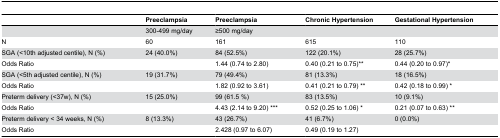
|  | Preeclampsia | Preeclampsia | Chronic Hypertension | Gestational Hypertension |
 | --- | --- | --- | --- | --- |
 |  | 300-499 mg/day | ≥500 mg/day |  |  |
 | N | 60 | 161 | 615 | 110 |
 | SGA (<10th adjusted centile), N (%) | 24 (40.0%) | 84 (52.5%) | 122 (20.1%) | 28 (25.7%) |
 | Odds Ratio |  | 1.44 (0.74 to 2.80) | 0.40 (0.21 to 0.75)** | 0.44 (0.20 to 0.97)* |
 | SGA (<5th adjusted centile), N (%) | 19 (31.7%) | 79 (49.4%) | 81 (13.3%) | 18 (16.5%) |
 | Odds Ratio |  | 1.82 (0.92 to 3.61) | 0.41 (0.21 to 0.79) ** | 0.42 (0.18 to 0.99) * |
 | Preterm delivery (<37w), N (%) | 15 (25.0%) | 99 (61.5 %) | 83 (13.5%) | 10 (9.1%) |
 | Odds Ratio |  | 4.43 (2.14 to 9.20) *** | 0.52 (0.25 to 1.06) * | 0.21 (0.07 to 0.63) ** |
 | Preterm delivery < 34 weeks, N (%) | 8 (13.3%) | 43 (26.7%) | 41 (6.7%) | 0 (0.0%) |
 | Odds Ratio |  | 2.428 (0.97 to 6.07) | 0.49 (0.19 to 1.27) |  |